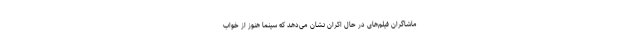
ماشاگران فیلم‌های در حال اکران نشان می‌دهد که سینما هنوز از خواب